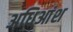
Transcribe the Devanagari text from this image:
अधिआंश